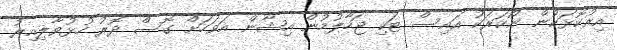
އިރުކޮޅަކުން ނޯކަރަކު އައިސް ޓަކި ޖަހާލުމުން އިޝާން އަވަހަށް ގޮސް ދޮރު ހުޅުވާލިއިރު